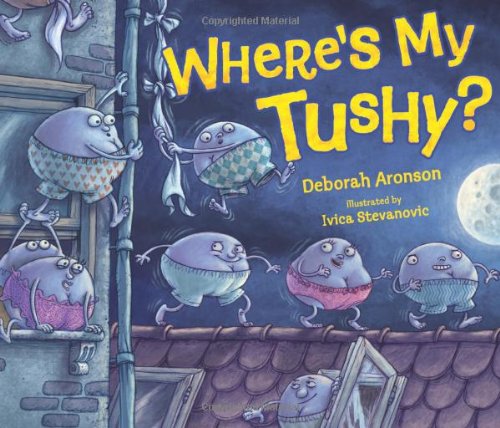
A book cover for Where's My Tushy? (Kar-Ben Favorites); Deborah Aronson; Children's Books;